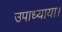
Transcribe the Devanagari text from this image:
उपाध्याया।